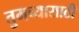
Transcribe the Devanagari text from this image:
तुमच्यासाठी